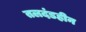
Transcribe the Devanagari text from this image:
तलदंडहीन